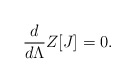
\begin{align*}{d \over d\Lambda}Z[J]=0. \end{align*}